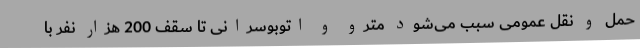
حمل و نقل عمومی سبب می‌شود مترو و اتوبوسرانی تا سقف 200 هزار نفر با